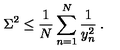
\Sigma ^ { 2 } \le \frac { 1 } { N } \sum _ { n = 1 } ^ { N } \frac { 1 } { y _ { n } ^ { 2 } } \: .